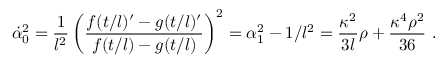
\dot { \alpha } _ { 0 } ^ { 2 } = \frac { 1 } { l ^ { 2 } } \left( \frac { f ( t / l ) ^ { \prime } - g ( t / l ) ^ { \prime } } { f ( t / l ) - g ( t / l ) } \right) ^ { 2 } = \alpha _ { 1 } ^ { 2 } - 1 / l ^ { 2 } = \frac { \kappa ^ { 2 } } { 3 l } \rho + \frac { \kappa ^ { 4 } \rho ^ { 2 } } { 3 6 } \ .